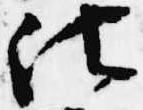
法